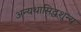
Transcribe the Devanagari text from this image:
अन्यथासिद्धशून्य